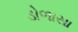
ડોળાસા